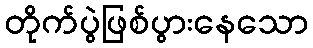
တိုက်ပွဲဖြစ်ပွားနေသော